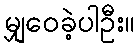
မျှဝေခဲ့ပါဦး။